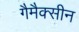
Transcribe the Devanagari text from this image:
गैमैक्सीन